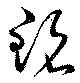
銘